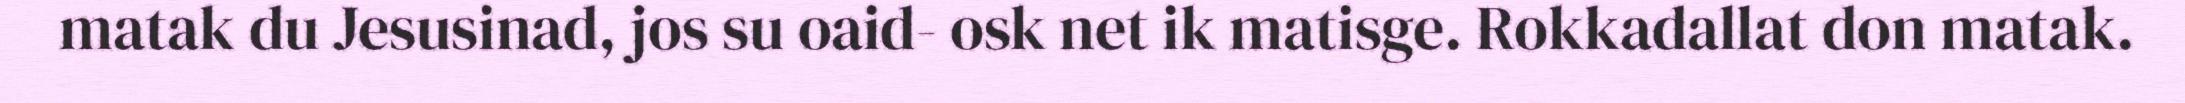
matak du Jesusinad, jos su oaid- osk net ik matisge. Rokkadallat don matak.